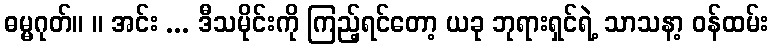
ဓမ္မဂုတ်။ ။ အင်း ... ဒီသမိုင်းကို ကြည့်ရင်တော့ ယခု ဘုရားရှင်ရဲ့ သာသနာ့ ဝန်ထမ်း